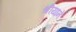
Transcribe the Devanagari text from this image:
श्रीयाने